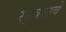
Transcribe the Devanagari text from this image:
रघुवंशाचे